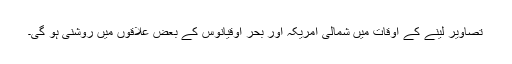
تصاویر لینے کے اوقات میں شمالی امریکہ اور بحر اوقیانوس کے بعض علاقوں میں روشنی ہو گی۔